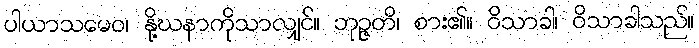
ပါယာသမေဝ၊ နို့ဃနာကိုသာလျှင်။ ဘုဉ္ဇတိ၊ စား၏။ ဝိသာခါ၊ ဝိသာခါသည်။